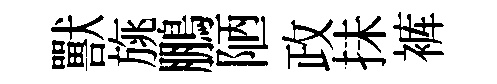
獸旐鵬陋政抺裤